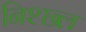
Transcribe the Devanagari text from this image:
निश्छ्ल